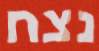
נצח